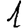
Digit: 1